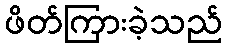
ဖိတ်ကြားခဲ့သည်